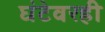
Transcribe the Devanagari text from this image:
घंटेवरही